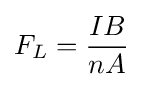
F_{L}={\frac {IB}{nA}}